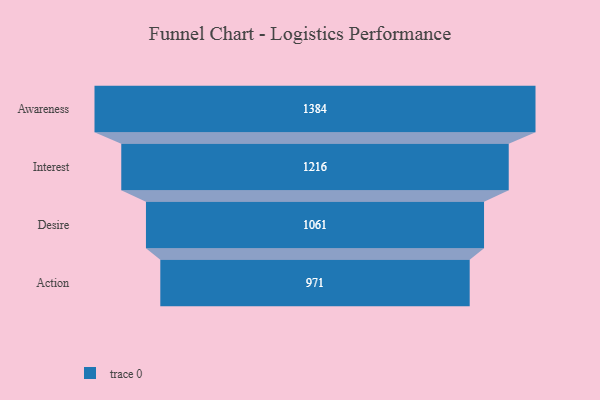
{"axis": {"x": "Stage", "y": "Value"}, "legend": [""], "data": [{"x": "Awareness", "y": 1384.0, "type": ""}, {"x": "Interest", "y": 1216.0, "type": ""}, {"x": "Desire", "y": 1061.0, "type": ""}, {"x": "Action", "y": 971.0, "type": ""}]}